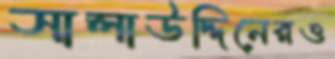
সালাউদ্দিনেরও